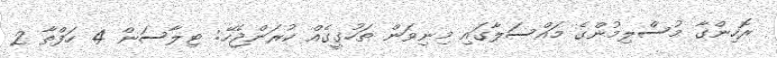
ރޮހިންގާ މުސްލިމުންގެ މައްސަލާގައި މިނިވަން ތަހުގީގެއް ކުރަންޖެހޭ: ޓިލާސަން 4 ހަފްތާ 2